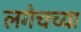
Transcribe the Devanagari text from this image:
लगेचच्या